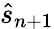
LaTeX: \hat{s}_{n+1}